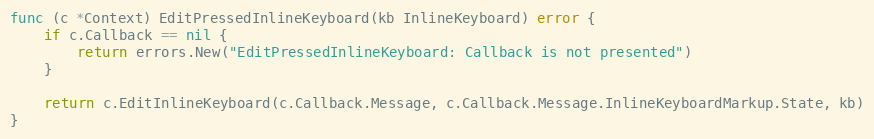
Language: Go
func (c *Context) EditPressedInlineKeyboard(kb InlineKeyboard) error {
	if c.Callback == nil {
		return errors.New("EditPressedInlineKeyboard: Callback is not presented")
	}

	return c.EditInlineKeyboard(c.Callback.Message, c.Callback.Message.InlineKeyboardMarkup.State, kb)
}